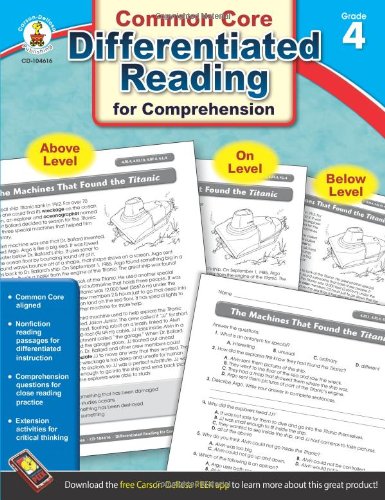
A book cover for Differentiated Reading for Comprehension, Grade 4; Reference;